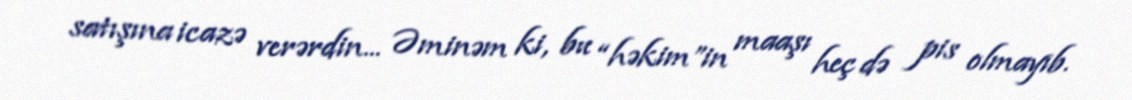
satışına icazə verərdin... Əminəm ki, bu “həkim”in maaşı heç də pis olmayıb.